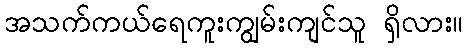
အသက်ကယ်ရေကူးကျွမ်းကျင်သူ ရှိလား။